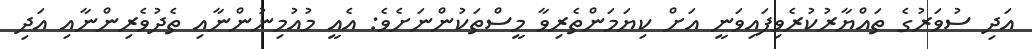
އަދި ސުވަރުގެ ތައްޔާރުކުރެވިފައިވަނީ އަށް ކިޔަމަންތެރިވާ މީސްތަކުންނަށެވެ: އެއީ މުއުމިނުންނާއި ތެދުވެރިންނާއި އަދި